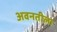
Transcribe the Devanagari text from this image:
अवनतीला